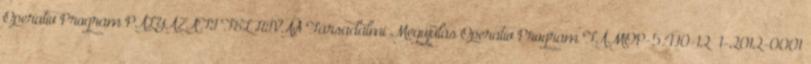
Operatív Program PÁLYÁZATI FELHÍVÁS Társadalmi Megújulás Operatív Program TÁMOP-5.4.10-12 1-2012-0001